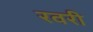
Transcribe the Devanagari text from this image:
रवरी